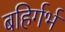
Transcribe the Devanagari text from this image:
बहिर्गर्भ